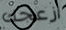
ازعجك